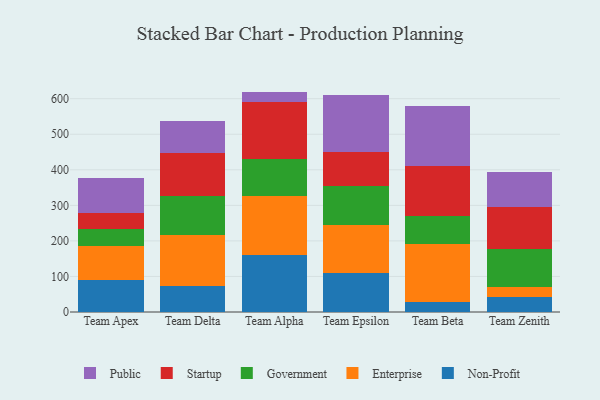
{"axis": {"x": "Team", "y": "Budget (USD K)"}, "legend": ["Enterprise", "Government", "Non-Profit", "Public", "Startup"], "data": [{"x": "Team Apex", "y": 89.3, "type": "Non-Profit"}, {"x": "Team Apex", "y": 95.8, "type": "Enterprise"}, {"x": "Team Apex", "y": 49.8, "type": "Government"}, {"x": "Team Apex", "y": 43.6, "type": "Startup"}, {"x": "Team Apex", "y": 97.6, "type": "Public"}, {"x": "Team Delta", "y": 72.4, "type": "Non-Profit"}, {"x": "Team Delta", "y": 144.8, "type": "Enterprise"}, {"x": "Team Delta", "y": 109.0, "type": "Government"}, {"x": "Team Delta", "y": 120.7, "type": "Startup"}, {"x": "Team Delta", "y": 89.2, "type": "Public"}, {"x": "Team Alpha", "y": 161.6, "type": "Non-Profit"}, {"x": "Team Alpha", "y": 164.6, "type": "Enterprise"}, {"x": "Team Alpha", "y": 104.7, "type": "Government"}, {"x": "Team Alpha", "y": 159.8, "type": "Startup"}, {"x": "Team Alpha", "y": 29.3, "type": "Public"}, {"x": "Team Epsilon", "y": 109.5, "type": "Non-Profit"}, {"x": "Team Epsilon", "y": 135.2, "type": "Enterprise"}, {"x": "Team Epsilon", "y": 110.1, "type": "Government"}, {"x": "Team Epsilon", "y": 93.9, "type": "Startup"}, {"x": "Team Epsilon", "y": 160.6, "type": "Public"}, {"x": "Team Beta", "y": 27.5, "type": "Non-Profit"}, {"x": "Team Beta", "y": 163.1, "type": "Enterprise"}, {"x": "Team Beta", "y": 78.2, "type": "Government"}, {"x": "Team Beta", "y": 142.1, "type": "Startup"}, {"x": "Team Beta", "y": 167.5, "type": "Public"}, {"x": "Team Zenith", "y": 42.1, "type": "Non-Profit"}, {"x": "Team Zenith", "y": 28.3, "type": "Enterprise"}, {"x": "Team Zenith", "y": 106.6, "type": "Government"}, {"x": "Team Zenith", "y": 117.5, "type": "Startup"}, {"x": "Team Zenith", "y": 99.1, "type": "Public"}]}